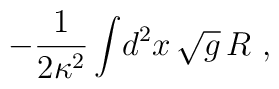
-{1\over2\kappa^2}\int\!d^2x\,\sqrt g\,R \ ,